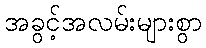
အခွင့်အလမ်းများစွာ